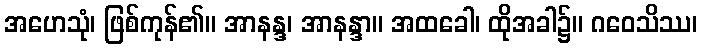
အဟေသုံ၊ ဖြစ်ကုန်၏။ အာနန္ဒ၊ အာနန္ဒာ။ အထခေါ၊ ထိုအခါ၌။ ဂဝေသိဿ၊